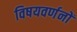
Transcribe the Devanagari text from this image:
विषयवर्णनों